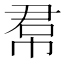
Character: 帬